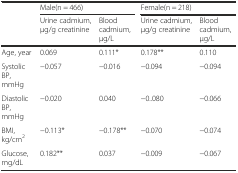
<table><thead><tr><td></td><td colspan="2"><b>Male(n = 466)</b></td><td colspan="2"><b>Female(n = 218)</b></td></tr><tr><td></td><td><b>Urine cadmium, μg/g creatinine</b></td><td><b>Blood cadmium, μg/L</b></td><td><b>Urine cadmium, μg/g creatinine</b></td><td><b>Blood cadmium, μg/L</b></td></tr></thead><tbody><tr><td>Age, year</td><td>0.069</td><td>0.111*</td><td>0.178**</td><td>0.110</td></tr><tr><td>Systolic BP, mmHg</td><td>−0.057</td><td>−0.016</td><td>−0.094</td><td>−0.094</td></tr><tr><td>Diastolic BP, mmHg</td><td>−0.020</td><td>0.040</td><td>−0..080</td><td>−0.066</td></tr><tr><td>BMI, kg/cm<sup>2</sup></td><td>−0.113*</td><td>−0.178**</td><td>−0.070</td><td>−0.074</td></tr><tr><td>Glucose, mg/dL</td><td>0.182**</td><td>0.037</td><td>−0.009</td><td>−0.067</td></tr></tbody></table>